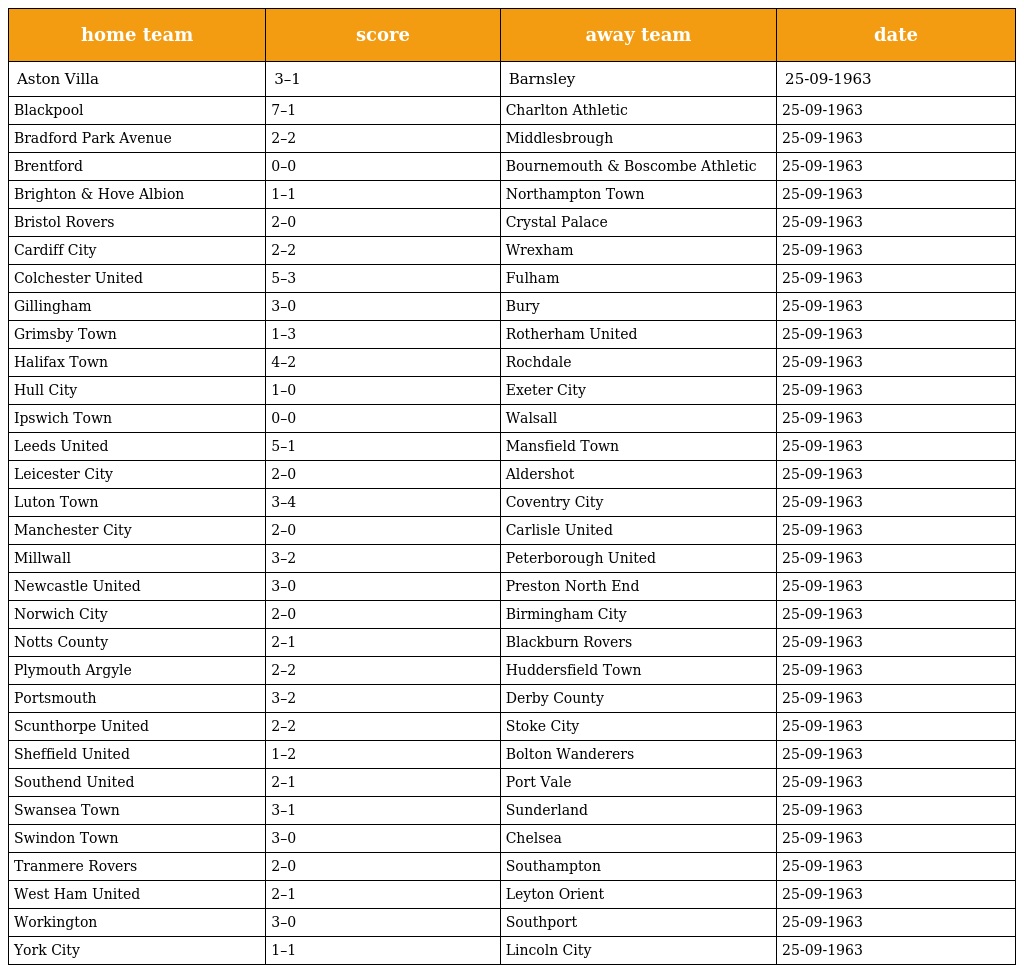
| home team | score | away team | date |
 | --- | --- | --- | --- |
 | Aston Villa | 3–1 | Barnsley | 25-09-1963 |
 | Blackpool | 7–1 | Charlton Athletic | 25-09-1963 |
 | Bradford Park Avenue | 2–2 | Middlesbrough | 25-09-1963 |
 | Brentford | 0–0 | Bournemouth & Boscombe Athletic | 25-09-1963 |
 | Brighton & Hove Albion | 1–1 | Northampton Town | 25-09-1963 |
 | Bristol Rovers | 2–0 | Crystal Palace | 25-09-1963 |
 | Cardiff City | 2–2 | Wrexham | 25-09-1963 |
 | Colchester United | 5–3 | Fulham | 25-09-1963 |
 | Gillingham | 3–0 | Bury | 25-09-1963 |
 | Grimsby Town | 1–3 | Rotherham United | 25-09-1963 |
 | Halifax Town | 4–2 | Rochdale | 25-09-1963 |
 | Hull City | 1–0 | Exeter City | 25-09-1963 |
 | Ipswich Town | 0–0 | Walsall | 25-09-1963 |
 | Leeds United | 5–1 | Mansfield Town | 25-09-1963 |
 | Leicester City | 2–0 | Aldershot | 25-09-1963 |
 | Luton Town | 3–4 | Coventry City | 25-09-1963 |
 | Manchester City | 2–0 | Carlisle United | 25-09-1963 |
 | Millwall | 3–2 | Peterborough United | 25-09-1963 |
 | Newcastle United | 3–0 | Preston North End | 25-09-1963 |
 | Norwich City | 2–0 | Birmingham City | 25-09-1963 |
 | Notts County | 2–1 | Blackburn Rovers | 25-09-1963 |
 | Plymouth Argyle | 2–2 | Huddersfield Town | 25-09-1963 |
 | Portsmouth | 3–2 | Derby County | 25-09-1963 |
 | Scunthorpe United | 2–2 | Stoke City | 25-09-1963 |
 | Sheffield United | 1–2 | Bolton Wanderers | 25-09-1963 |
 | Southend United | 2–1 | Port Vale | 25-09-1963 |
 | Swansea Town | 3–1 | Sunderland | 25-09-1963 |
 | Swindon Town | 3–0 | Chelsea | 25-09-1963 |
 | Tranmere Rovers | 2–0 | Southampton | 25-09-1963 |
 | West Ham United | 2–1 | Leyton Orient | 25-09-1963 |
 | Workington | 3–0 | Southport | 25-09-1963 |
 | York City | 1–1 | Lincoln City | 25-09-1963 |